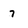
Character: 7